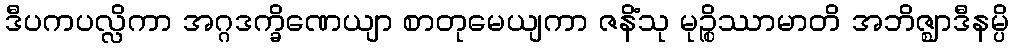
ဒီပကပလ္လိကာ အဂ္ဂဒက္ခိဏေယျာ စာတုမေယျကာ ဇနိံသု မုဉ္စိဿာမာတိ အဘိဇ္ဈာဒီနမ္ပိ